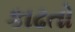
કાઢતો